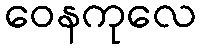
ဝေနကုလေ